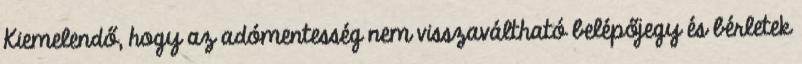
Kiemelendő, hogy az adómentesség nem visszaváltható belépőjegy és bérletek